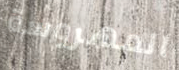
المهروسة